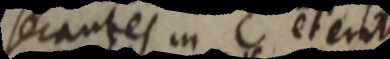
secantes in C et erit